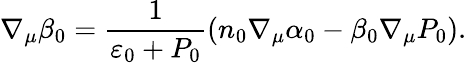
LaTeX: \nabla_{\mu}\beta_{0}=\frac{1}{\varepsilon_{0}+P_{0}}\left(n_{0}\nabla_{\mu}\alpha_{0}-\beta_{0}\nabla_{\mu}P_{0}\right).